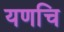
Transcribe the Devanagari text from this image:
यणचि